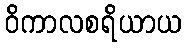
ဝိကာလစရိယာယ